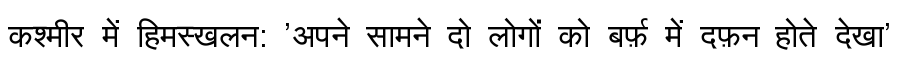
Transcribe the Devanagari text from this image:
कश्मीर में हिमस्खलन: 'अपने सामने दो लोगों को बर्फ़ में दफ़न होते देखा'